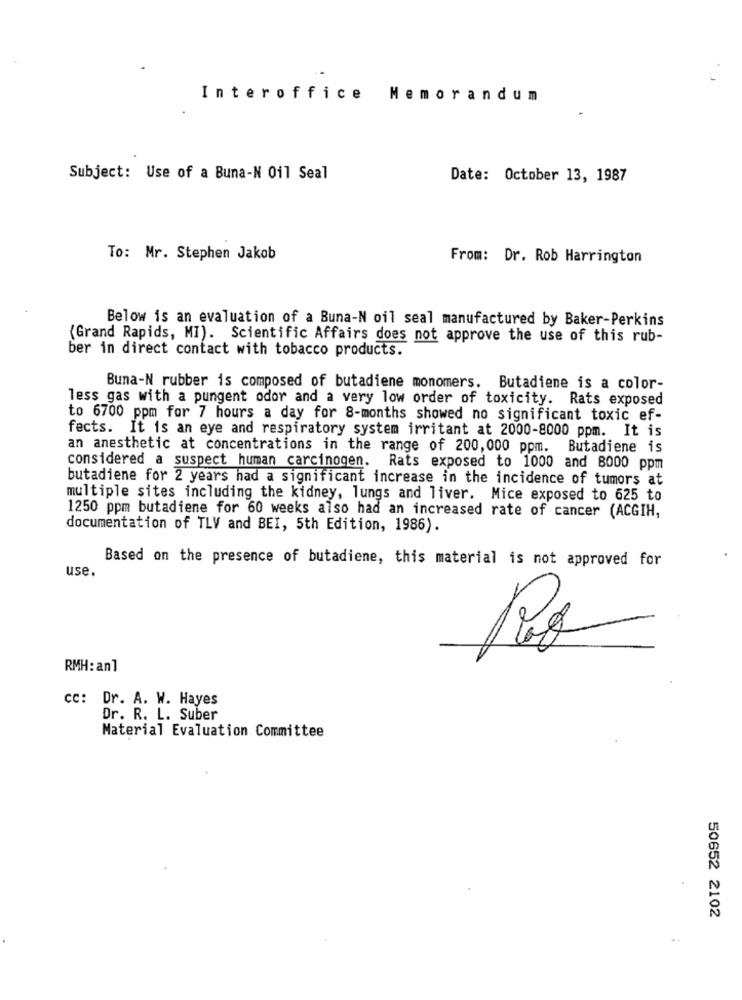
Interoffice Memorandum
Subject: Use of a Buna-N Oil Seal
Date: October 13, 1987
To: Mr. Stephen Jakob
From: Dr. Rob Harrington
Below is an evaluation of a Buna-N oil seal manufactured by Baker-Perkins
(Grand Rapids, MI). Scientific Affairs does not approve the use of this rub-
ber in direct contact with tobacco products.
Buna-N rubber is composed of butadiene monomers. Butadiene is a color-
less gas with a pungent odor and a very low order of toxicity. Rats exposed
to 6700 ppm for 7 hours a day for 8-months showed no significant toxic ef-
fects. It is an eye and respiratory system irritant at 2000-8000 ppm. It is
an anesthetic at concentrations in the range of 200,000 ppm.
Butadiene is
considered a suspect human carcinogen. Rats exposed to 1000 and 8000 ppm
butadiene for 2 years had a significant increase in the incidence of tumors at
multiple sites including the kidney, lungs and liver. Mice exposed to 625 to
1250 ppm butadiene for 60 weeks also had an increased rate of cancer (ACGIH,
documentation of TLV and BEI, 5th Edition, 1986).
Based on the presence of butadiene, this material is not approved for
use.
RMH: an1
cc: Dr. A. W. Hayes
Dr. R. L. Suber
Material Evaluation Committee
50652 2102